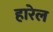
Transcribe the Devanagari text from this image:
हारेल